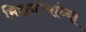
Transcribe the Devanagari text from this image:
मिशनऱ्यांच्या